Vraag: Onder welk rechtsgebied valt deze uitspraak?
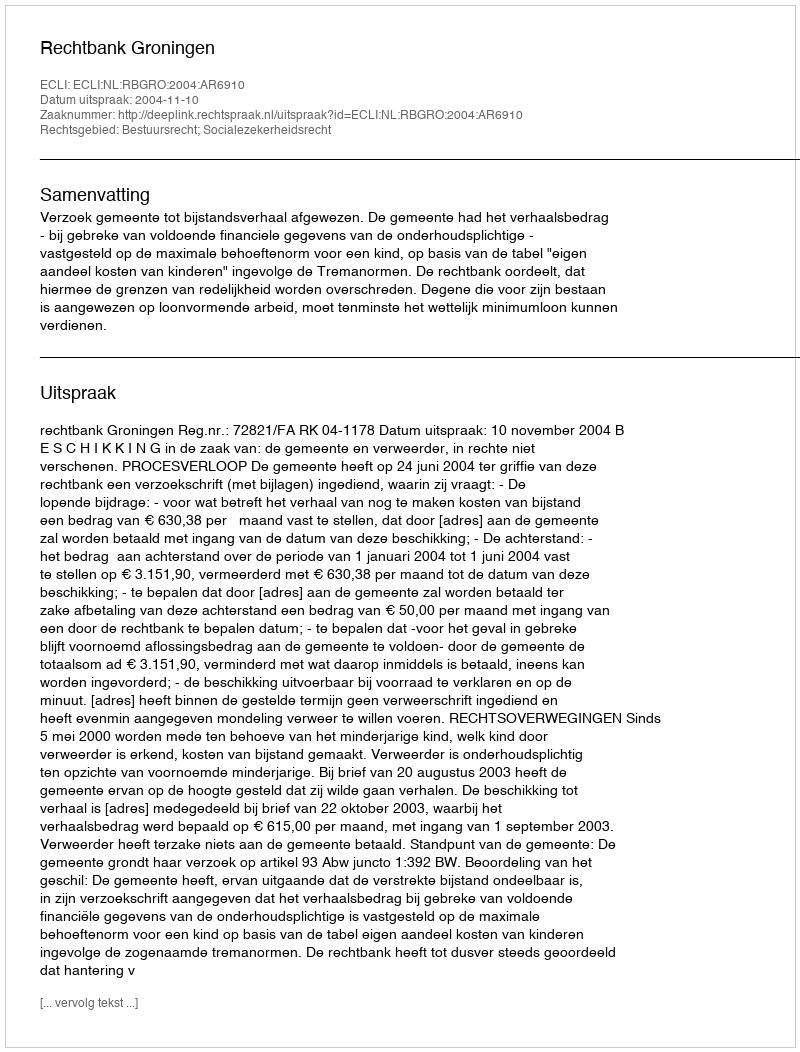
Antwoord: Bestuursrecht; Socialezekerheidsrecht